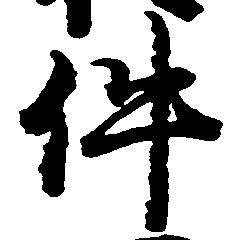
件